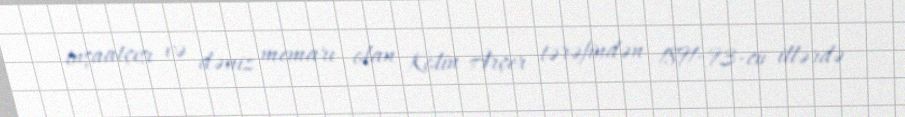
inşaatçısı və dəniz memarı olan Kolin Arçer tərəfindən 1891–93-cü illərdə